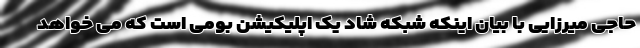
حاجی میرزایی با بیان اینکه شبکه شاد یک اپلیکیشن بومی است که می خواهد